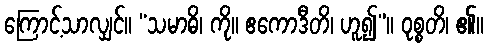
ကြောင့်သာလျှင်။ “သမာဓိ၊ ကို။ ဧကောဒီတိ၊ ဟူ၍”။ ဝုစ္စတိ၊ ၏။